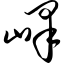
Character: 峄